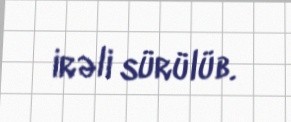
irəli sürülüb.